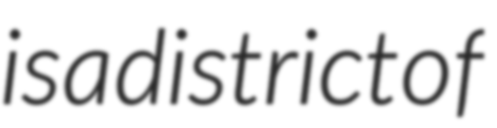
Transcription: is a district of